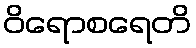
ဝိရောစရေတိ